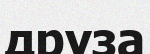
друза